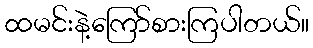
ထမင်းနဲ့ကြော်စားကြပါတယ်။